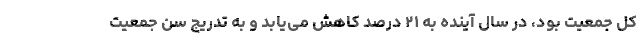
کل جمعیت بود، در سال آینده به ۲۱ درصد کاهش می‌یابد و به تدریج سن جمعیت